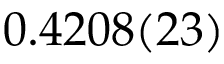
0 . 4 2 0 8 ( 2 3 )